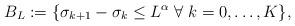
LaTeX: \begin{align*}B_L := \{\sigma_{k+1} - \sigma_k \le L^{\alpha} \;\forall\; k = 0, \ldots, K\},\end{align*}